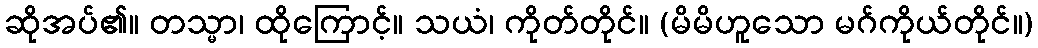
ဆိုအပ်၏။ တသ္မာ၊ ထိုကြောင့်။ သယံ၊ ကိုတ်တိုင်။ (မိမိဟူသော မဂ်ကိုယ်တိုင်။)